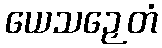
ယေသဉှေတံ